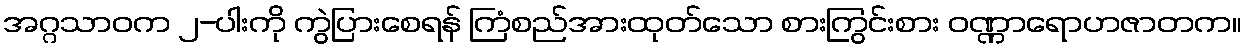
အဂ္ဂသာဝက ၂-ပါးကို ကွဲပြားစေရန် ကြံစည်အားထုတ်သော စားကြွင်းစား ဝဏ္ဏာရောဟဇာတက။